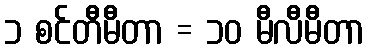
၁ စင်တီမီတာ = ၁၀ မီလီမီတာ